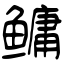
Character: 鳙